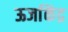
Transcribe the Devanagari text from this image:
ऊर्जाकेंद्र